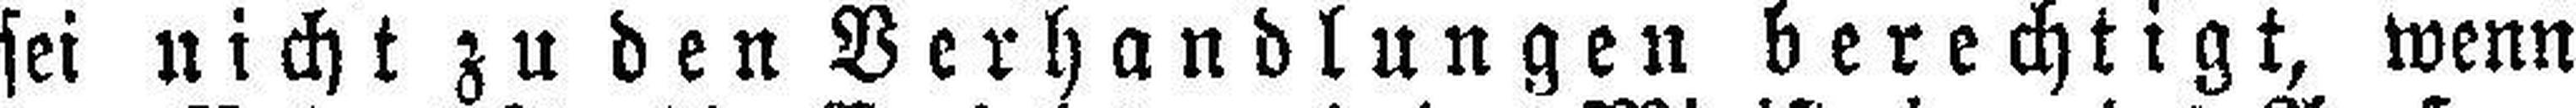
sei nicht zu den Verhandlungen berechtigt, wenn